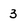
Character: 3